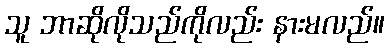
သူ ဘာဆိုလိုသည်ကိုလည်း နားမလည်။